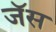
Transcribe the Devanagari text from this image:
जॅस